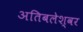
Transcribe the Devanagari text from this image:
अतिबलेश्वर